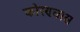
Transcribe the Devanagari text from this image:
कोरण्यास